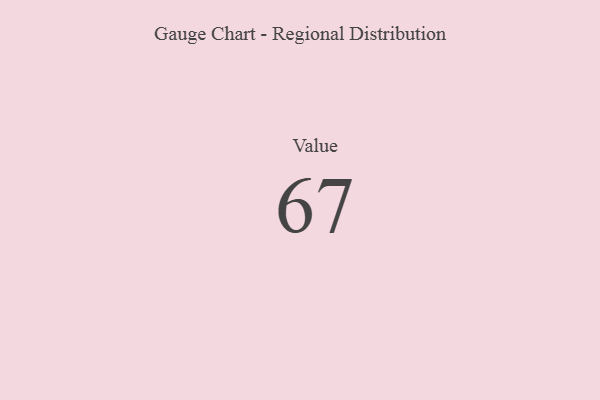
{"axis": {"x": "Metric", "y": "Value"}, "legend": [""], "data": [{"x": "Value", "y": 67, "type": ""}]}